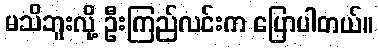
မသိဘူးလို့ ဦးကြည်လင်းက ပြောပါတယ်။